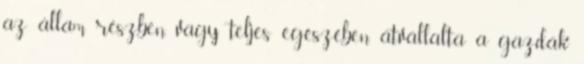
az állam részben, vagy teljes egészében átvállalta a gazdák